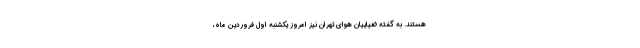
هستند. به گفته ضیاییان هوای تهران نیز امروز یکشنبه اول فروردین ماه،